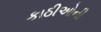
કાઠીઓની